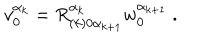
v _ { 0 } ^ { \alpha _ { k } } = R _ { ( k ) 0 \alpha _ { k + 1 } } ^ { \alpha _ { k } } w _ { 0 } ^ { \alpha _ { k + 1 } } \ .